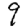
Digit: 9